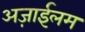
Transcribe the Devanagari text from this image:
अज़ाईलम